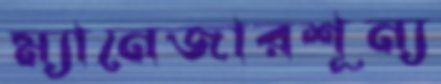
ম্যানেজারশূন্য